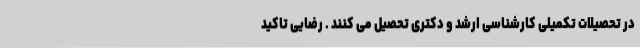
در تحصیلات تکمیلی کارشناسی ارشد و دکتری تحصیل می کنند . رضایی تاکید